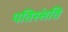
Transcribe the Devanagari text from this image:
पतिस्संति